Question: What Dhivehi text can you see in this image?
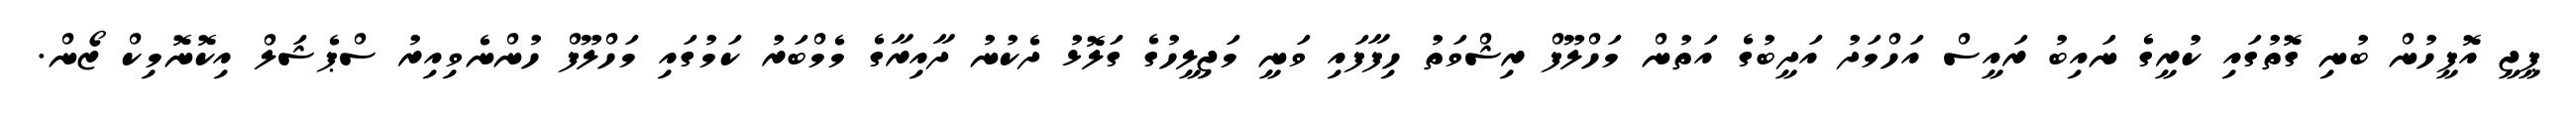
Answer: ޕީޖީ އޮފީހުން ބުނި ގޮތުގައި ކުރީގެ ނައިބު ރައީސް އަހްމަދު އަދީބުގެ އަތުން މަހްލޫފް ރިޝްވަތު ހިފާފައި ވަނީ މަޖިލީހުގެ ގަލޮޅު ދެކުނު ދާއިރާގެ މެމްބަރު ކަމުގައި މަހްލޫފް ހުންނެވިއިރު ސްޕެޝަލް އިކޮނޮމިކް ޒޯން.